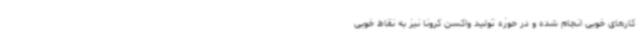
کارهای خوبی انجام شده و در حوزه تولید واکسن کرونا نیز به نقاط خوبی